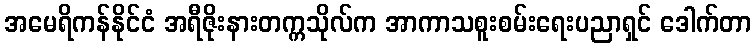
အမေရိကန်နိုင်ငံ အရီဇိုးနားတက္ကသိုလ်က အာကာသစူးစမ်းရေးပညာရှင် ဒေါက်တာ